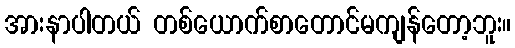
အားနာပါတယ် တစ်ယောက်စာတောင်မကျန်တော့ဘူး။